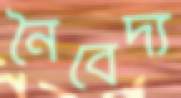
নৈবেদ্য